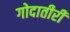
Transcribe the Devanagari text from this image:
गोदातीरीं